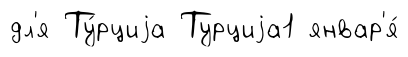
дл'я Ту́рциjа Турциjа1 январ'я́